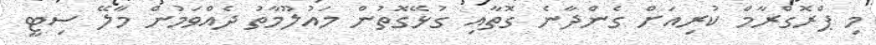
މި ޕްރޮގްރާމް ކުރިއަށް ގެންދާނެ ގޮތާއި ގުޅޭގޮތުން މައުލޫމާތު ދެއްވަމުން މާލޭ ސިޓީ